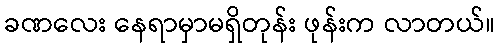
ခဏလေး နေရာမှာမရှိတုန်း ဖုန်းက လာတယ်။